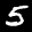
Label: 5